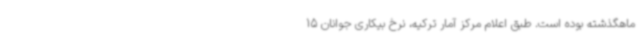
ماهگذشته بوده است. طبق اعلام مرکز آمار ترکیه، نرخ بیکاری جوانان 15